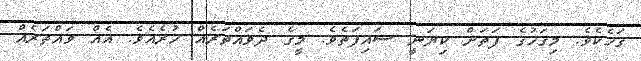
ގަހެކެވެ. މިގަހުގެ ފަތަށް ކިޔަނީ ސައިފަތެވެ. މީގެ ދެވައްތަރެއް ހުރެއެވެ. އެއް ވައްތަރެއް